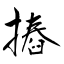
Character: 摏